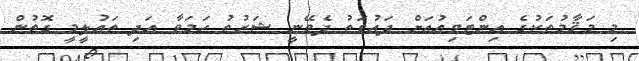
މި މަޤާމުތަކުގެ އިންޓަވިއުއަށް ދައުވަތު ދެވޭނީ ޝަރުޠު ހަމަވާ އަދި ތަޢުލީމީ ގޮތުން